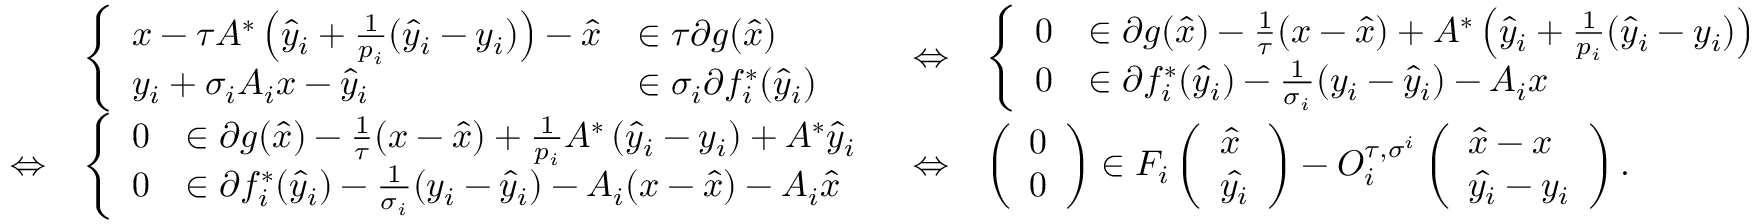
\begin{array} { r l r l } & { \left\{ \begin{array} { l l } { x - \tau A ^ { * } \left( \hat { y } _ { i } + \frac { 1 } { p _ { i } } ( \hat { y } _ { i } - y _ { i } ) \right) - \hat { x } } & { \in \tau \partial g ( \hat { x } ) } \\ { y _ { i } + \sigma _ { i } A _ { i } x - \hat { y } _ { i } } & { \in \sigma _ { i } \partial f _ { i } ^ { * } ( \hat { y } _ { i } ) } \end{array} \right. } & { \Leftrightarrow } & { \left\{ \begin{array} { l l } { 0 } & { \in \partial g ( \hat { x } ) - \frac { 1 } { \tau } ( x - \hat { x } ) + A ^ { * } \left( \hat { y } _ { i } + \frac { 1 } { p _ { i } } ( \hat { y } _ { i } - y _ { i } ) \right) } \\ { 0 } & { \in \partial f _ { i } ^ { * } ( \hat { y } _ { i } ) - \frac { 1 } { \sigma _ { i } } ( y _ { i } - \hat { y } _ { i } ) - A _ { i } x } \end{array} \right. } \\ { \Leftrightarrow } & { \left\{ \begin{array} { l l } { 0 } & { \in \partial g ( \hat { x } ) - \frac { 1 } { \tau } ( x - \hat { x } ) + \frac { 1 } { p _ { i } } A ^ { * } \left( \hat { y } _ { i } - y _ { i } \right) + A ^ { * } \hat { y } _ { i } } \\ { 0 } & { \in \partial f _ { i } ^ { * } ( \hat { y } _ { i } ) - \frac { 1 } { \sigma _ { i } } ( y _ { i } - \hat { y } _ { i } ) - A _ { i } ( x - \hat { x } ) - A _ { i } \hat { x } } \end{array} \right. } & { \Leftrightarrow } & { \left( \begin{array} { l } { 0 } \\ { 0 } \end{array} \right) \in F _ { i } \left( \begin{array} { l } { \hat { x } } \\ { \hat { y _ { i } } } \end{array} \right) - O _ { i } ^ { \tau , \sigma ^ { i } } \left( \begin{array} { l } { \hat { x } - x } \\ { \hat { y _ { i } } - y _ { i } } \end{array} \right) . } \end{array}